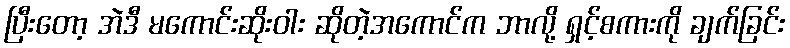
ပြီးတော့ အဲဒီ မကောင်းဆိုးဝါး ဆိုတဲ့အကောင်က ဘာလို့ ရှင့်စကားကို ချက်ခြင်း